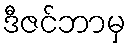
ဒီဇင်ဘာမှ